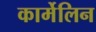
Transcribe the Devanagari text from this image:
कार्मेलिन